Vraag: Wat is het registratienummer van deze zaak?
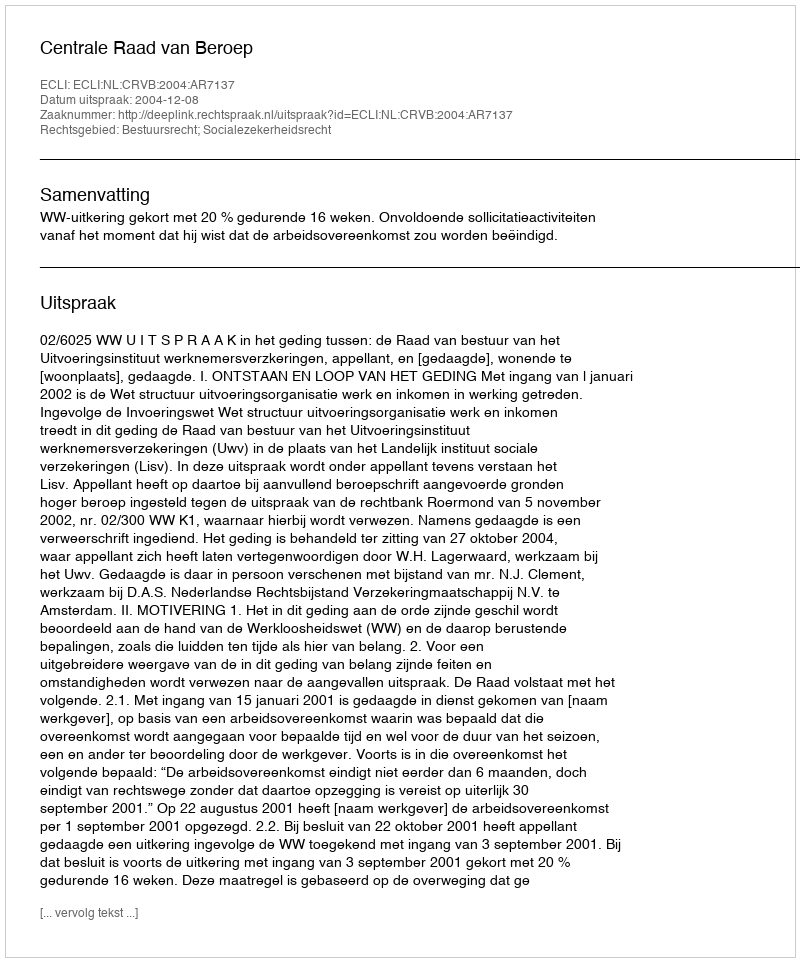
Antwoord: http://deeplink.rechtspraak.nl/uitspraak?id=ECLI:NL:CRVB:2004:AR7137